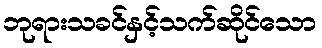
ဘုရားသခင်နှင့်သက်ဆိုင်သော